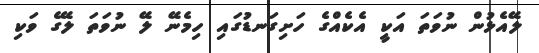
ލޭއެޅުން ނުވަތަ އަކީ އެކެއްގެ ހަށިގަނޑުގައި ހިމެނޭ ލޭ ނުވަތަ ލޭގެ ވަކި